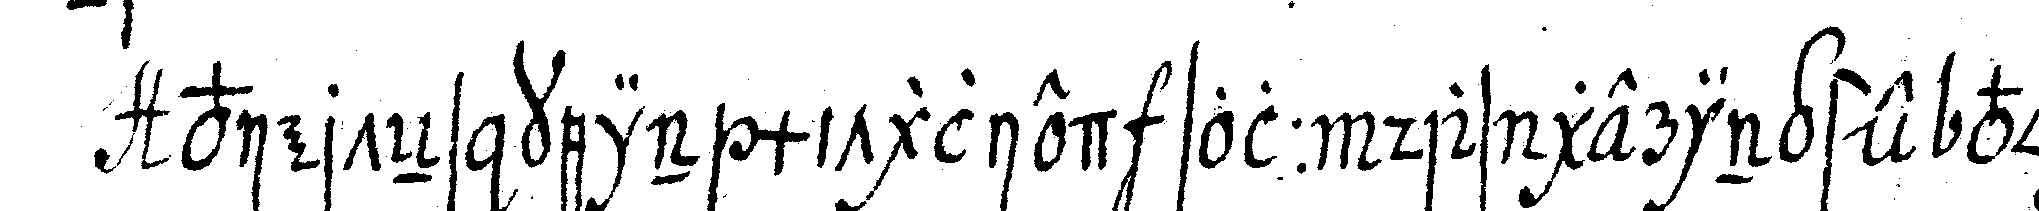
vierteNs kein mitglied soll das geringste von